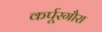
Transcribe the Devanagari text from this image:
कर्पूरगौरा